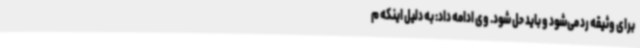
برای وثیقه رد می‌شود و باید حل شود. وی ادامه داد: به دلیل اینکه م